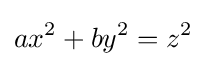
ax^{2}+by^{2}=z^{2}\